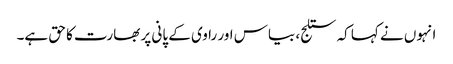
انہوں نے کہا کہ ستلج، بیاس اور راوی کے پانی پر بھارت کا حق ہے۔